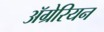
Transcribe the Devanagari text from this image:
ॲग्रेरियन